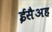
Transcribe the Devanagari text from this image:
ईसैअह